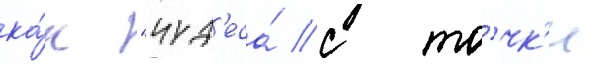
ка́к "чуд'еса́ с то́чк'и